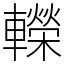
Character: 𨏍